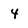
Character: 4